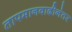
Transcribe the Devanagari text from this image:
तापमानवाढीनंतर